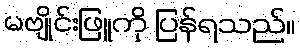
မဗျိုင်းဖြူကို ပြန်ရသည်။